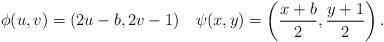
LaTeX: \begin{align*}\phi(u,v)=(2u - b,2v - 1) \quad\psi(x,y)=\left(\frac{x+b}{2},\frac{y+1}{2}\right). \end{align*}